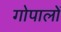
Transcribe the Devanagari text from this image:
गोपालों